Indian journal of veterinary science and animal husbandry - Volume 6,
Year: 1936
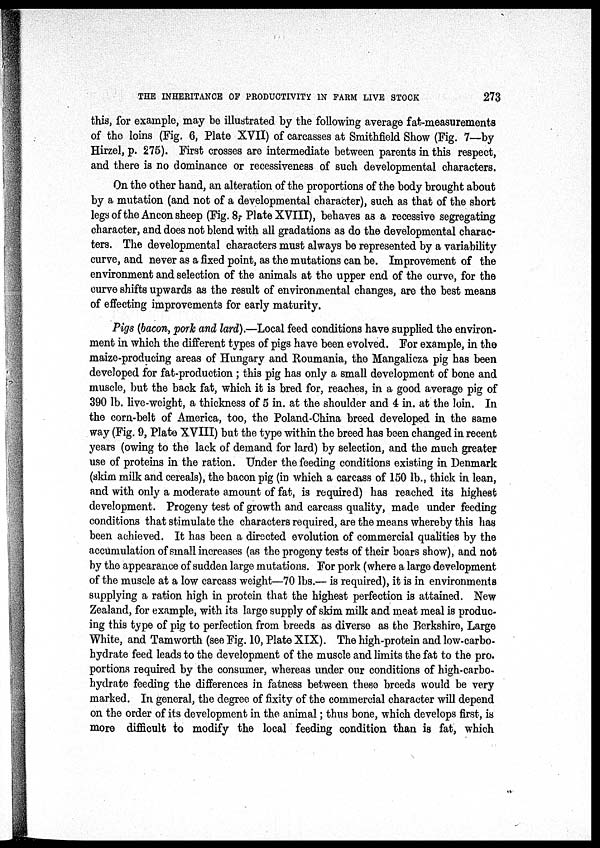
THE INHERITANCE OF PRODUCTIVITY IN FARM LIVE STOCK
273
this, for example, may be illustrated by the following average fat-measurements
of the loins (Fig. 6, Plate XVII) of carcasses at Smithfield Show (Fig. 7—by
Hirzel, p. 275). First crosses are intermediate between parents in this respect,
and there is no dominance or recessiveness of such developmental characters.
On the other hand, an alteration of the proportions of the body brought about
by a mutation (and not of a developmental character), such as that of the short
legs of the Ancon sheep (Fig. 8, Plate XVIII), behaves as a recessive segregating
character, and does not blend with all gradations as do the developmental charac-
ters. The developmental characters must always be represented by a variability
curve, and never as a fixed point, as the mutations can be. Improvement of the
environment and selection of the animals at the upper end of the curve, for the
curve shifts upwards as the result of environmental changes, are the best means
of effecting improvements for early maturity.
Pigs (bacon, pork and lard).—Local feed conditions have supplied the environ-
ment in which the different types of pigs have been evolved. For example, in the
maize-producing areas of Hungary and Roumania, the Mangalicza pig has been
developed for fat-production ; this pig has only a small development of bone and
muscle, but the back fat, which it is bred for, reaches, in a good average pig of
390 lb. live-weight, a thickness of 5 in. at the shoulder and 4 in. at the loin. In
the corn-belt of America, too, the Poland-China breed developed in the same
way (Fig. 9, Plate XVIII) but the type within the breed has been changed in recent
years (owing to the lack of demand for lard) by selection, and the much greater
use of proteins in the ration. Under the feeding conditions existing in Denmark
(skim milk and cereals), the bacon pig (in which a carcass of 150 lb., thick in lean,
and with only a moderate amount of fat, is required) has reached its highest
development. Progeny test of growth and carcass quality, made under feeding
conditions that stimulate the characters required, are the means whereby this has
been achieved. It has been a directed evolution of commercial qualities by the
accumulation of small increases (as the progeny tests of their boars show), and not
by the appearance of sudden large mutations. For pork (where a large development
of the muscle at a low carcass weight—70 lbs.— is required), it is in environments
supplying a ration high in protein that the highest perfection is attained. New
Zealand, for example, with its large supply of skim milk and meat meal is produc-
ing this type of pig to perfection from breeds as diverse as the Berkshire, Large
White, and Tamworth (see Fig. 10, Plate XIX). The high-protein and low-carbo-
hydrate feed leads to the development of the muscle and limits the fat to the pro.
portions required by the consumer, whereas under our conditions of high-carbo-
hydrate feeding the differences in fatness between these breeds would be very
marked. In general, the degree of fixity of the commercial character will depend
on the order of its development in the animal; thus bone, which develops first, is
more difficult to modify the local feeding condition than is fat, which